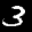
Label: 3